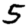
Digit: 5